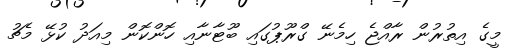
މީގެ އިތުރުން ރާއްޖެ ހިމެނޭ ގްރޫޕުގައި ބޫޓާނާއި ހޮންކޮން މިއަދު ކުޅޭ މެޗު